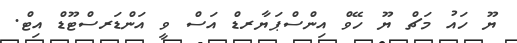
ޔޫ ހައު މަޗް ޔޫ ހޭވް އިންސްޕަޔާރޑް އަސް ވީ އަންޑަރސްޓޫޑް އިޓް.